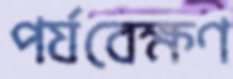
পর্যবেক্ষণ